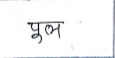
मजकूर: पूल